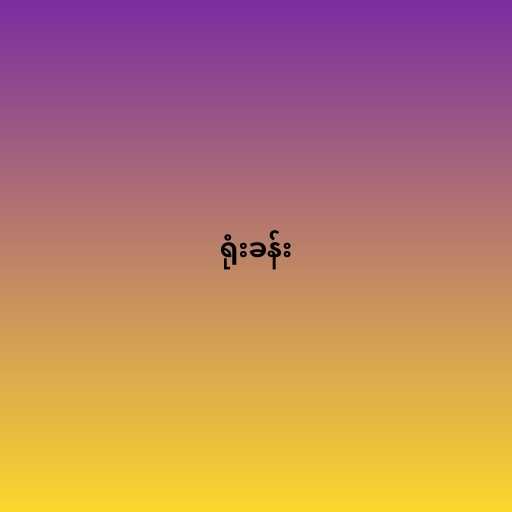
ရုံးခန်း